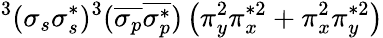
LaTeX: ^3(\sigma_{s}\sigma_{s}^{*})^{3}(\overline{{\sigma_{p}}}\overline{{\sigma_{p}^{*}}})\left(\pi_{y}^{2}\pi_{x}^{*2}+\pi_{x}^{2}\pi_{y}^{*2}\right)